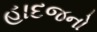
હાદજનો